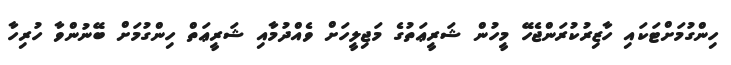
ހިންގުމަށްޓަކައި ހާޒިރުކުރަންޖެހޭ މީހުން ޝަރީޢަތުގެ މަޖިލީހަށް ވެއްދުމާއި ޝަރީޢަތް ހިންގުމަށް ބޭނުންވާ ހުރިހާ